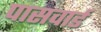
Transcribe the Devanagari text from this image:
पासवार्ड